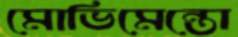
মোভিমেন্তো